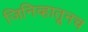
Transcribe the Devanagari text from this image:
जिनिव्हातूनच